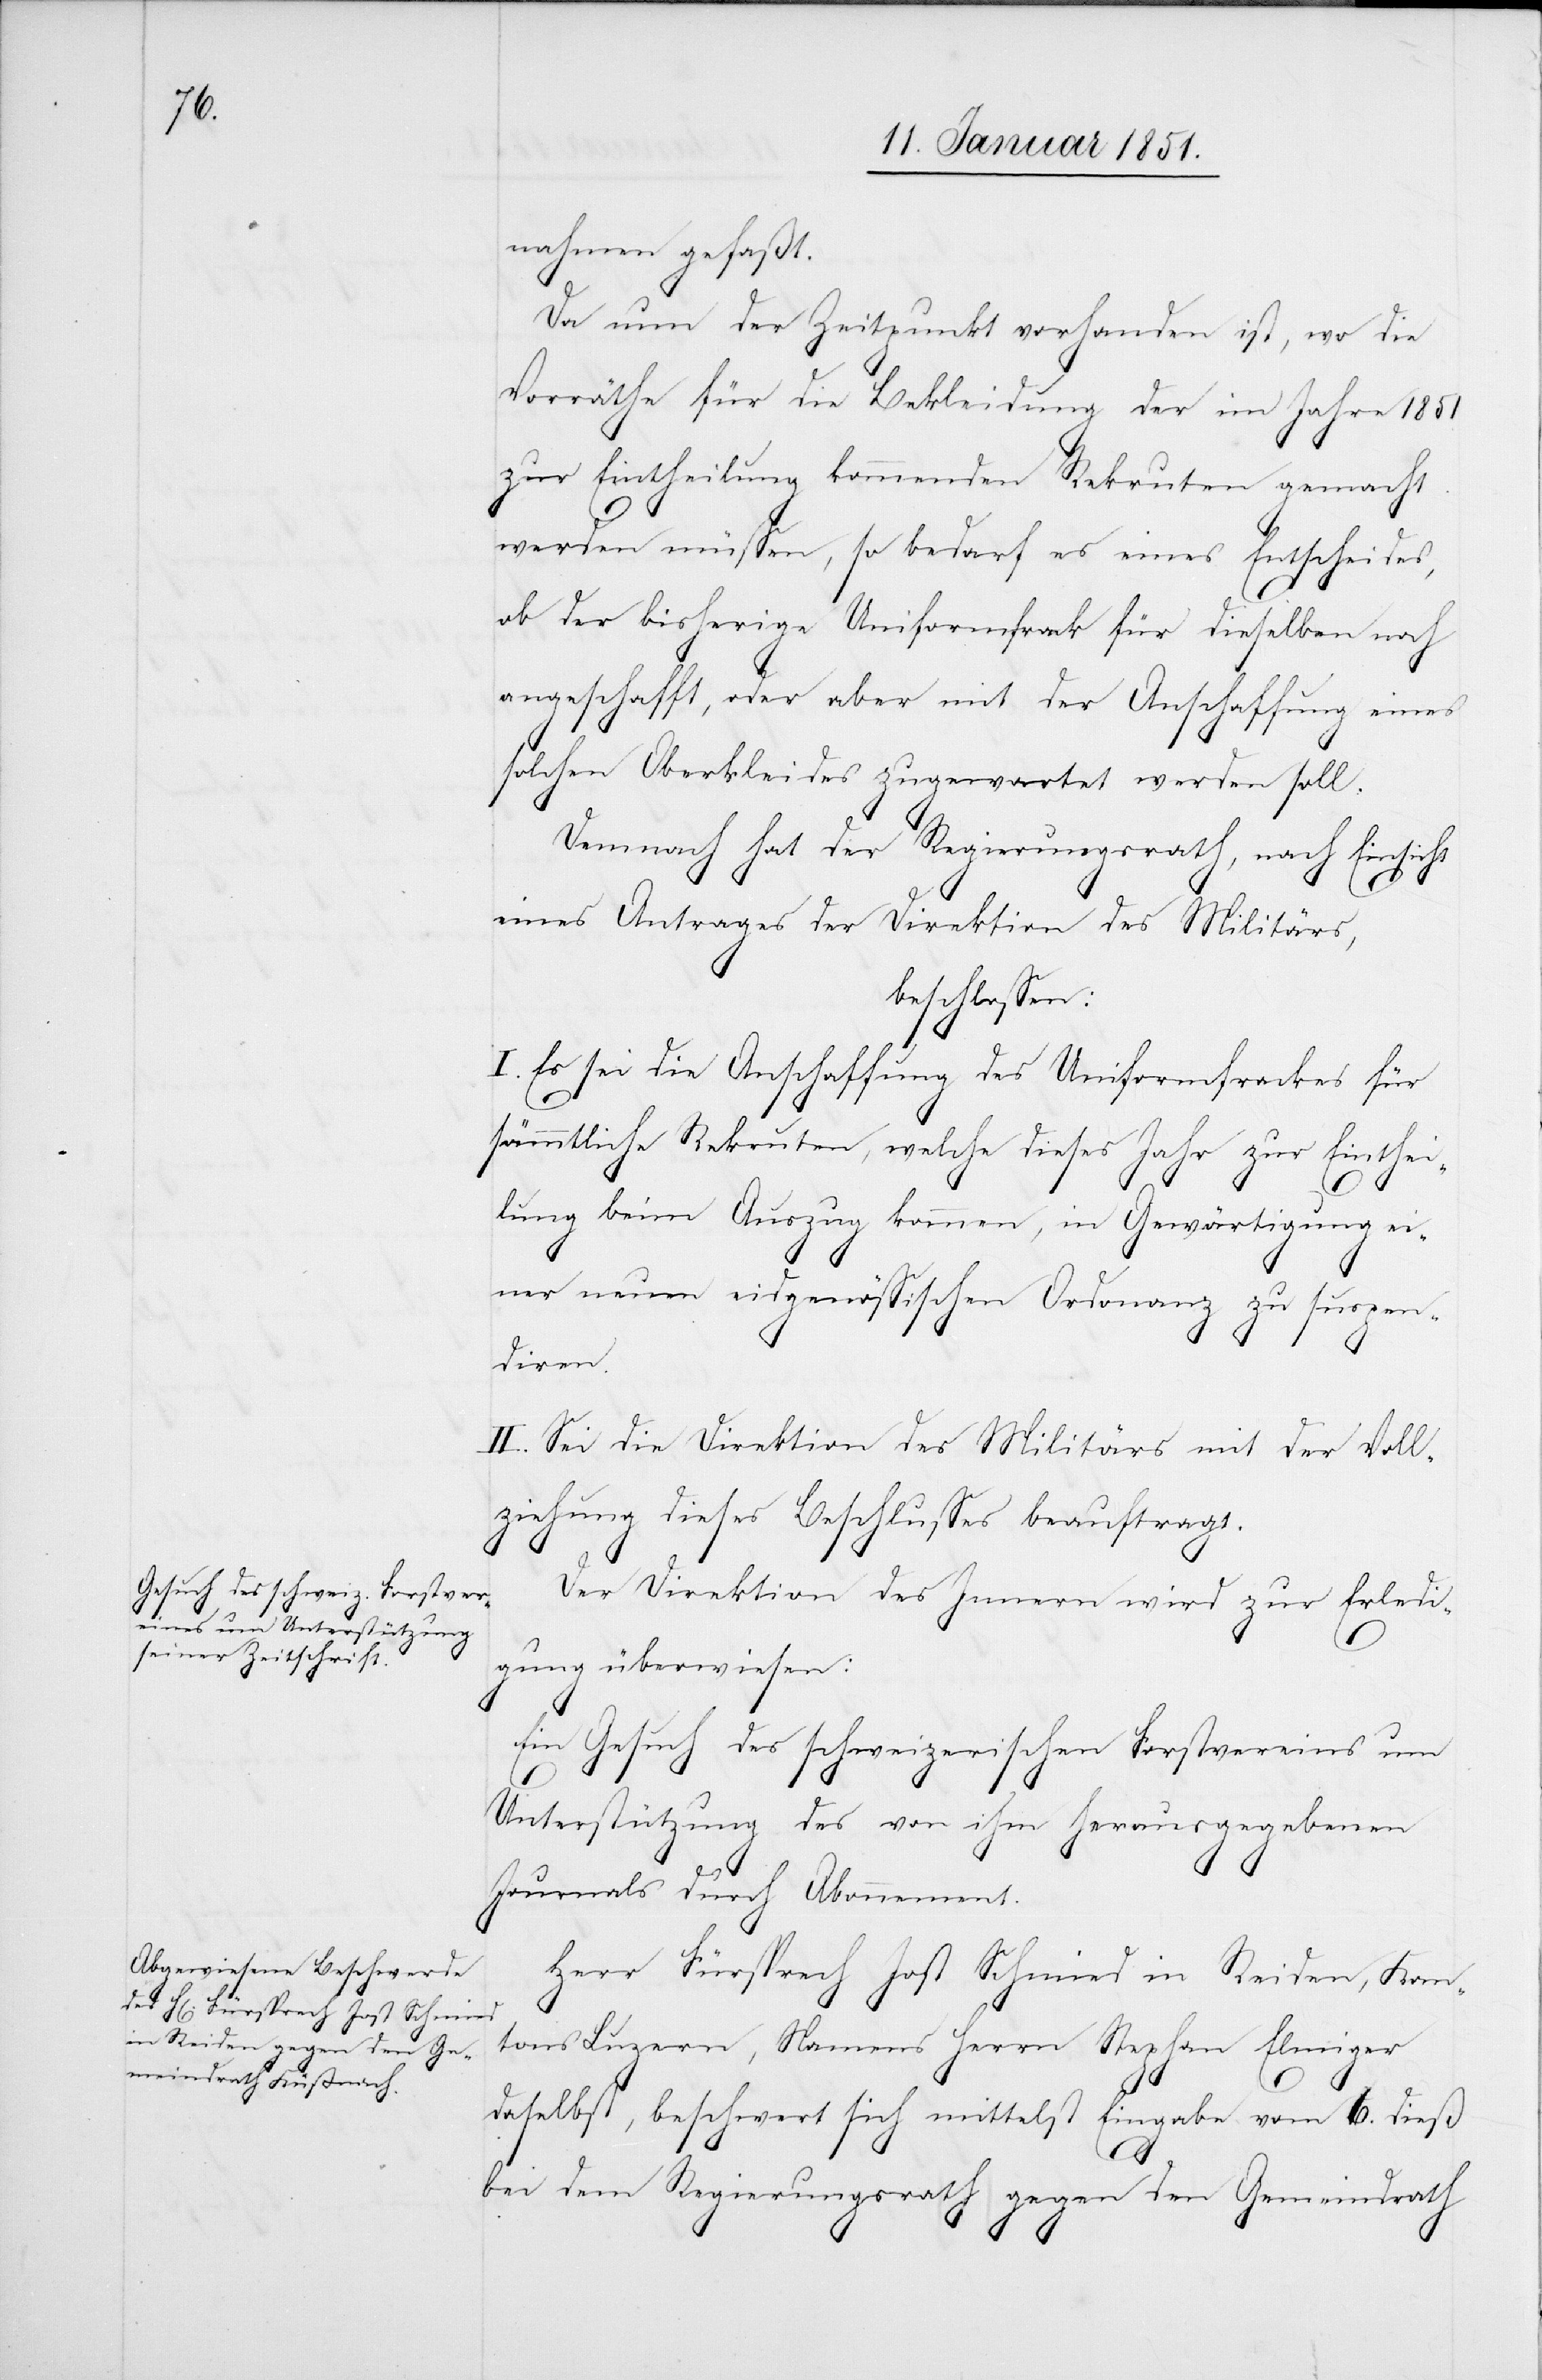
nahmen gefaßt.
Da nun der Zeitpunkt vorhanden ist, wo die
Vorräthe für die Bekleidung der im Jahre 1851
zur Eintheilung kommenden Rekruten gemacht
werden müssen, so bedarf es eines Entscheides,
ob der bisherige Uniformfrack für dieselben noch
angeschafft, oder aber mit der Anschaffung eines
solchen Oberkleides zugewartet werden soll.
Demnach hat der Regierungsrath, nach Einsicht
eines Antrages der Direktion des Militärs,
beschlossen:
I. Es sei die Anschaffung des Uniformfrackes für
sämmtliche Rekruten, welche dieses Jahr zur Einthei¬
lung beim Auszug kommen, in Gewärtigung ei¬
ner neuen eidgenössischen Ordonanz zu suspen¬
diren.
II. Sei die Direktion des Militärs mit der Voll¬
ziehung dieses Beschlusses beauftragt.
Der Direktion des Innern wird zur Erledi¬
gung überwiesen:
Ein Gesuch des schweizerischen Forstvereins um
Unterstützung des von ihm herausgegebenen
Journals durch Abonnement.
Herr Fürsprech Jost Schmied in Reiden, Kan¬
tons Luzern, Namens Herrn Stephan Elmiger
daselbst, beschwert sich mittelst Eingabe vom 6. dieß
bei dem Regierungsrath gegen den Gemeindrath